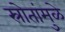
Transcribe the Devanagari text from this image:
स्रोतांमुळे